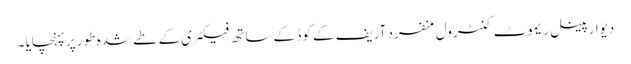
دیوار پینل ریموٹ کنٹرول منفرد آریف کے کوڈ کے ساتھ فیکٹری کے طے شدہ طور پر پہنچایا ۔